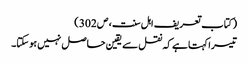
( کتاب تعریف اہل سنت ، ص 302 )
تیسرا کہتا ہے کہ نقل سے یقین حاصل نہیں ہوسکتا۔